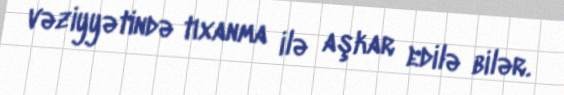
vəziyyətində tıxanma ilə aşkar edilə bilər.